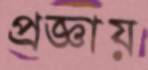
প্রজ্ঞায়